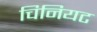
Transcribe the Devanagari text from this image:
चिनियट